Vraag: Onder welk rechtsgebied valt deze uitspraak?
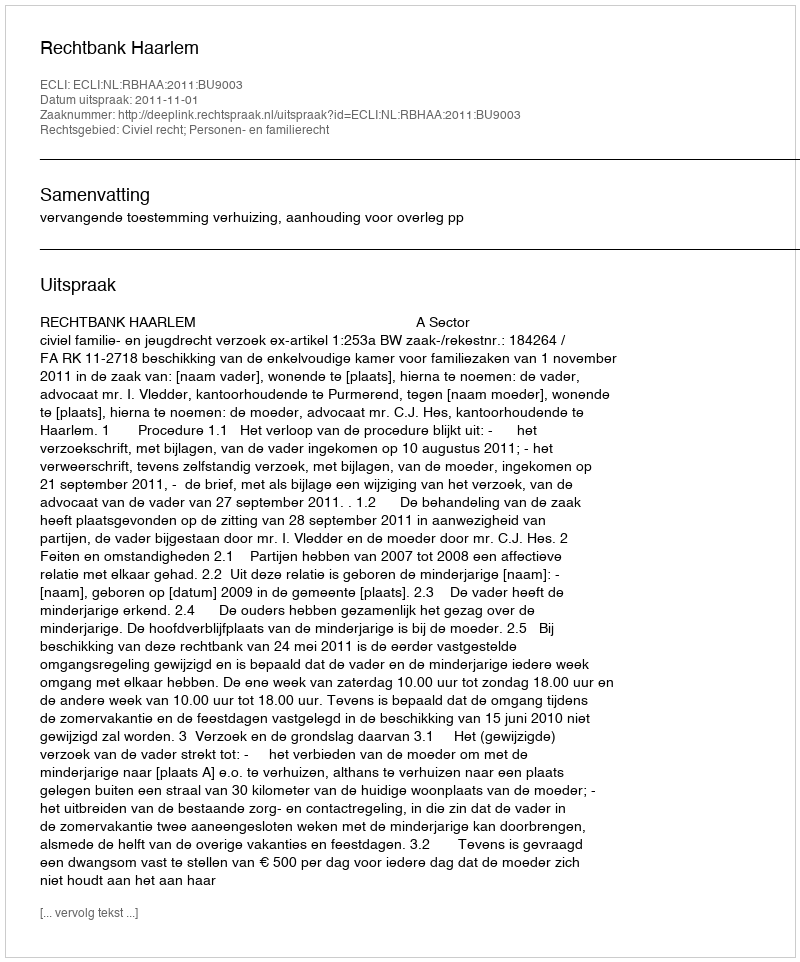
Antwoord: Civiel recht; Personen- en familierecht